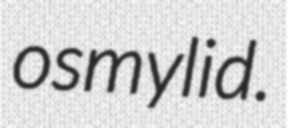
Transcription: osmylid.